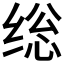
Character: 𰬥